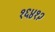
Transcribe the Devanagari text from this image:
१६४१२